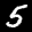
Label: 5